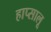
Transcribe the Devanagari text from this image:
हाप्सालू